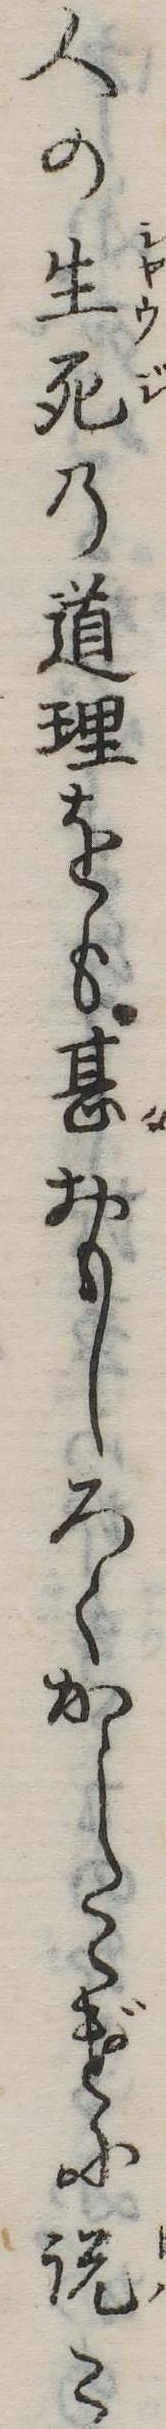
人の生死の道理をも甚おもしろくかしこげに説こ